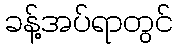
ခန့်အပ်ရာတွင်